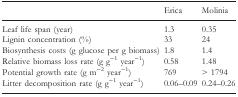
<table><thead><tr><td></td><td><b>Erica</b></td><td><b>Molinia</b></td></tr></thead><tbody><tr><td>Leaf life span (year)</td><td>1.3</td><td>0.35</td></tr><tr><td>Lignin concentration (%)</td><td>33</td><td>24</td></tr><tr><td>Biosynthesis costs (g glucose per g biomass)</td><td>1.8</td><td>1.4</td></tr><tr><td>Relative biomass loss rate (g g<sup>−1</sup> year<sup>−1</sup>)</td><td>0.58</td><td>1.48</td></tr><tr><td>Potential growth rate (g m<sup>−2</sup> year<sup>−1</sup>)</td><td>769</td><td>&gt; 1794</td></tr><tr><td>Litter decomposition rate (g g<sup>−1</sup> year<sup>−1</sup>)</td><td>0.06–0.09</td><td>0.24–0.26</td></tr></tbody></table>